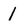
Character: 1